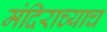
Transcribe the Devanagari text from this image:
मंदिराच्याच